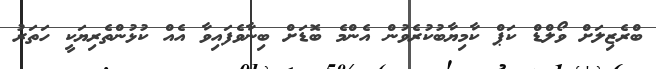
ބްރެޒިލަށް ވޯލްޑް ކަޕް ކާމިޔާބުކުރެވުން އެންމެ ބޮޑަށް ބިނާވެފައިވާ އެއް ކުޅުންތެރިޔަކީ ހަތަރު